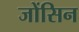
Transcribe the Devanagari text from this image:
जोंसिन